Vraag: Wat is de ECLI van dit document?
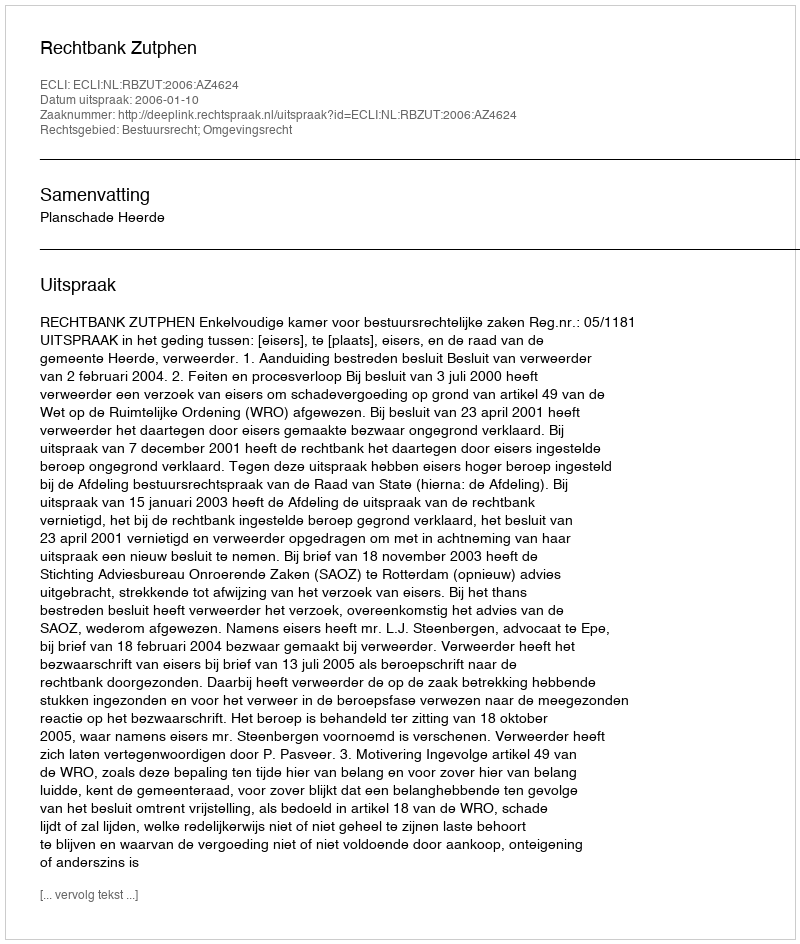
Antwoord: ECLI:NL:RBZUT:2006:AZ4624